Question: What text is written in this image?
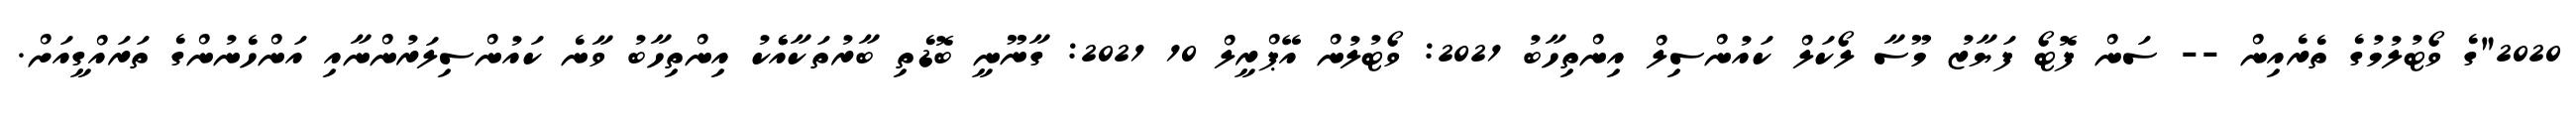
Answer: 2020"ގެ ވޯޓުލުމުގެ ތެރެއިން -- ސަން ފޮޓޯ ފަޔާޒު މޫސާ ލޯކަލް ކައުންސިލް އިންތިހާބު 2021: ވޯޓުލުން އޭޕްރީލް 10 2021: ގާނޫނީ ބޮޑެތި ބާރުތަކާއެެކު އިންތިހާބު ވާނެ ކައުންސިލަރުންނާއި އަންހެނުންގެ ތަރައްގީއަށް.